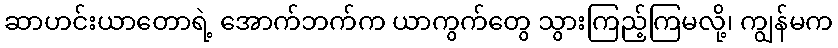
ဆာဟင်းယာတောရဲ့ အောက်ဘက်က ယာကွက်တွေ သွားကြည့်ကြမလို့၊ ကျွန်မက